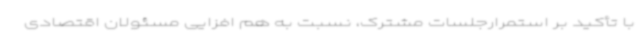
با تأکید بر استمرارجلسات مشترک، نسبت به هم افزایی مسئولان اقتصادی